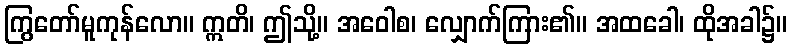
ကြွတော်မူကုန်လော။ ဣတိ၊ ဤသို့။ အဝေါစ၊ လျှောက်ကြား၏။ အထခေါ၊ ထိုအခါ၌။